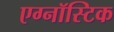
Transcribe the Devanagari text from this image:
एग्नॉस्टिक